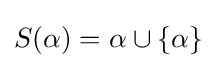
S(\alpha )=\alpha \cup \{\alpha \}